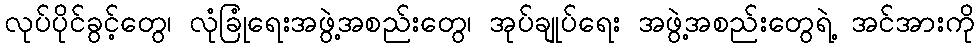
လုပ်ပိုင်ခွင့်တွေ၊ လုံခြုံရေးအဖွဲ့အစည်းတွေ၊ အုပ်ချုပ်ရေး အဖွဲ့အစည်းတွေရဲ့ အင်အားကို